Indian journal of veterinary science and animal husbandry - Volume 7,
Year: 1937
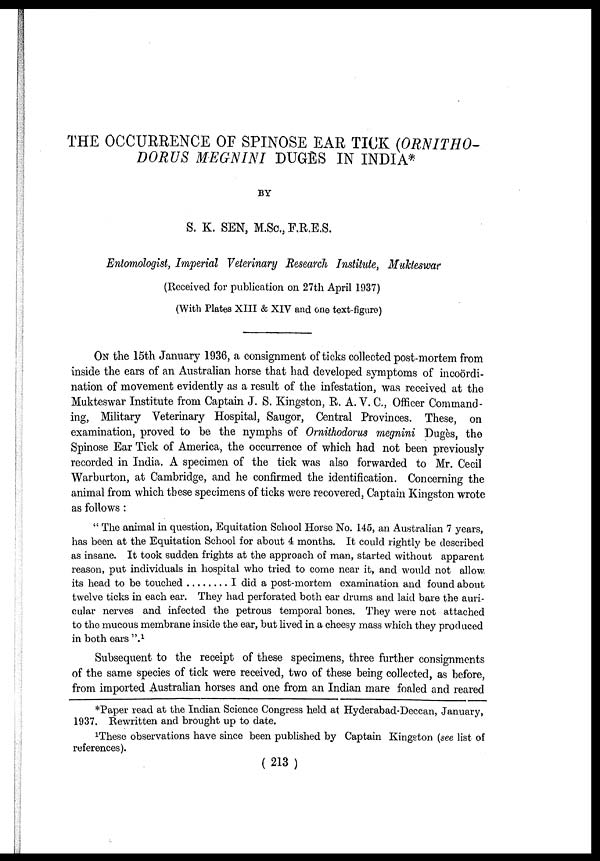
THE OCCURRENCE OF SPINOSE EAR TICK (ORNITHO-
DORUS MEGNINI DUGES IN INDIA*
BY
S. K. SEN, M.Sc., F.R.E.S.
Entomologist, Imperial Veterinary Research Institute, Mukteswar
(Received for publication on 27th April 1937)
(With Plates XIII & XIV and one text-figure)
ON the 15th January 1936, a consignment of ticks collected post-mortem from
inside the ears of an Australian horse that had developed symptoms of incoördi-
nation of movement evidently as a result of the infestation, was received at the
Mukteswar Institute from Captain J. S. Kingston, R. A. V. C., Officer Command-
ing, Military Veterinary Hospital, Saugor, Central Provinces. These, on
examination, proved to be the nymphs of Ornithodorus megnini Dugès, the
Spinose Ear Tick of America, the occurrence of which had not been previously
recorded in India. A specimen of the tick was also forwarded to Mr. Cecil
Warburton, at Cambridge, and he confirmed the identification. Concerning the
animal from which these specimens of ticks were recovered, Captain Kingston wrote
as follows :
" The animal in question, Equitation School Horse No. 145, an Australian 7 years,
has been at the Equitation School for about 4 months. It could rightly be described
as insane. It took sudden frights at the approach of man, started without apparent
reason, put individuals in hospital who tried to come near it, and would not allow
its head to be touched
I did a post-mortem examination and found about
twelve ticks in each ear. They had perforated both ear drums and laid bare the auri-
cular nerves and infected the petrous temporal bones. They were not attached
to the mucous membrane inside the ear, but lived in a cheesy mass which they produced
in both ears ". 1
Subsequent to the receipt of these specimens, three further consignments
of the same species of tick were received, two of these being collected, as before,
from imported Australian horses and one from an Indian mare foaled and reared
*Paper read at the Indian Science Congress held at Hyderabad-Deccan, January,
1937. Rewritten and brought up to date.
1 These observations have since been published by Captain Kingston (see list of
references).
( 213 )